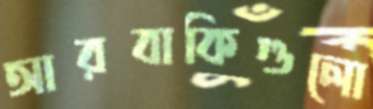
আরবাকিগুলো